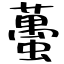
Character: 蠆